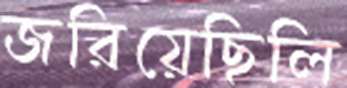
জরিয়েছিলি